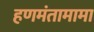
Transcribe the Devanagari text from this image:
हणमंतामामा